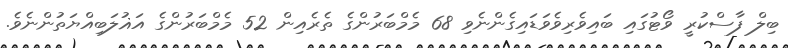
ބިލް ފާސްކުރީ ވޯޓުގައި ބައިވެރިވެވަޑައިގެންނެވި 68 މެމްބަރުންގެ ތެރެއިން 52 މެމްބަރުންގެ އަޣުލަބިއްޔަތުންނެވެ.